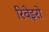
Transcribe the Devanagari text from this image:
रिवेइरो